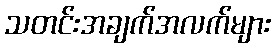
သတင်းအချက်အလက်များ